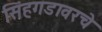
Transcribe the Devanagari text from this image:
सिंहगडावरचे